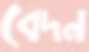
বেদন